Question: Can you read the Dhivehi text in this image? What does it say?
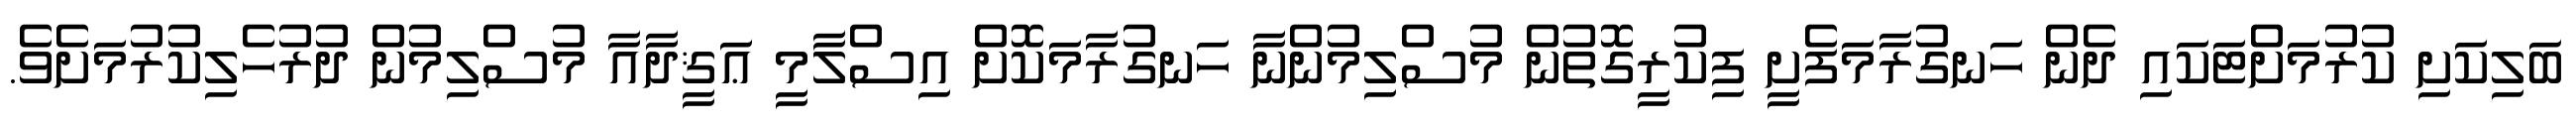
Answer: ބަލިކަށި ކުރުމަށްޓަކައި ދެން ހަނގުރާމަފެށީ ފިކުރީގޮތުން މުސްލިމުންނާ ހަނގުރާމަކޮށް އިސްލާމީ ޢަޤީދާއާ މުސްލިމުން ދުރުހެލިކުރުމަށެވެ.